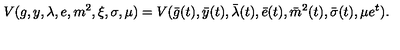
V ( g , y , \lambda , e , m ^ { 2 } , \xi , \sigma , \mu ) = V ( \bar { g } ( t ) , \bar { y } ( t ) , \bar { \lambda } ( t ) , \bar { e } ( t ) , \bar { m } ^ { 2 } ( t ) , \bar { \sigma } ( t ) , \mu e ^ { t } ) .